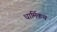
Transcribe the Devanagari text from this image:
धार्मिकच